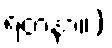
ရတနာ။)